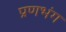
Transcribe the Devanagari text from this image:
प्रणभंग